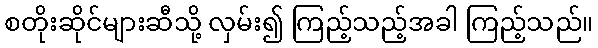
စတိုးဆိုင်များဆီသို့ လှမ်း၍ ကြည့်သည့်အခါ ကြည့်သည်။